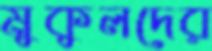
মুকুলদের